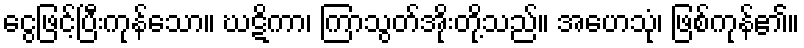
ငွေဖြင့်ပြီးကုန်သော။ ဃဋိကာ၊ ကြာသွတ်အိုးတို့သည်။ အဟေသုံ၊ ဖြစ်ကုန်၏။